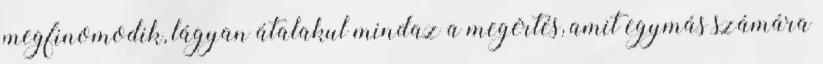
megfinomodik, lágyan átalakul mindaz a megértés, amit egymás számára